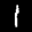
Label: 1